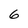
Character: 6